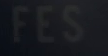
FES